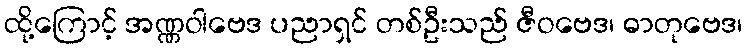
ထို့ကြောင့် အဏ္ဏဝါဗေဒ ပညာရှင် တစ်ဦးသည် ဇီဝဗေဒ၊ ဓာတုဗေဒ၊